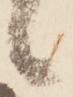
候